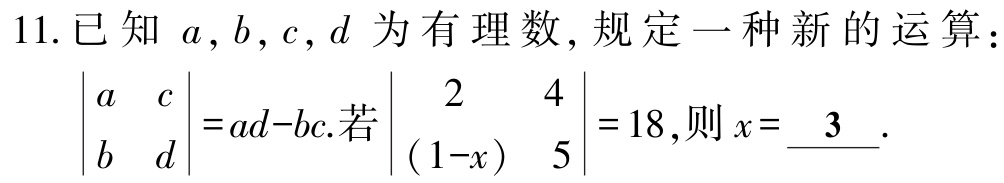
11.已知\(a,b,c,d\)为有理数,规定一种新的运算：
\(\begin{vmatrix}a&c\\b&d\end{vmatrix}=ad - bc\).若\(\begin{vmatrix}2&4\\(1 - x)&5\end{vmatrix}=18\),则\(x = \underline{3}\).